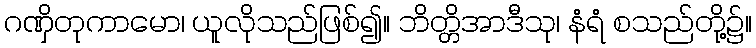
ဂဏှိတုကာမော၊ ယူလိုသည်ဖြစ်၍။ ဘိတ္တိအာဒီသု၊ နံရံ စသည်တို့၌။